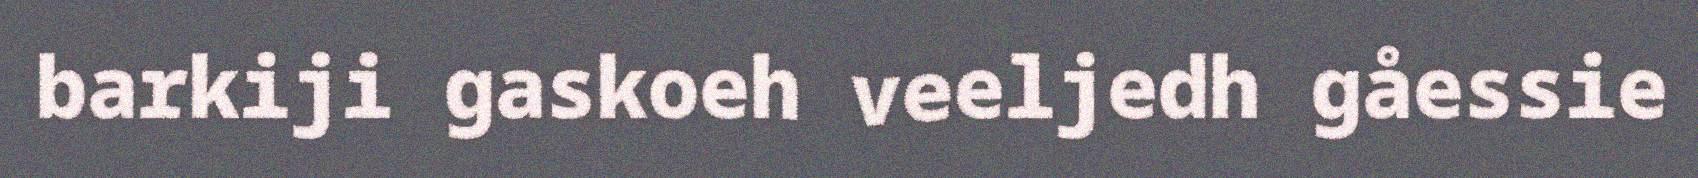
barkiji gaskoeh veeljedh gåessie